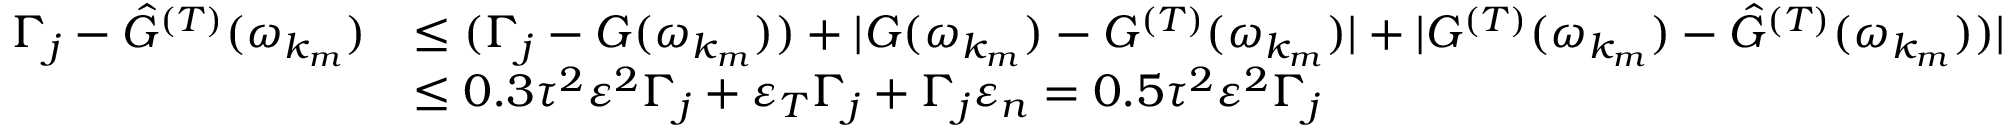
\begin{array} { r l } { \Gamma _ { j } - \hat { G } ^ { ( T ) } ( \omega _ { k _ { m } } ) } & { \leq ( \Gamma _ { j } - { G } ( \omega _ { k _ { m } } ) ) + | { G } ( \omega _ { k _ { m } } ) - { G } ^ { ( T ) } ( \omega _ { k _ { m } } ) | + | { G } ^ { ( T ) } ( \omega _ { k _ { m } } ) - \hat { G } ^ { ( T ) } ( \omega _ { k _ { m } } ) ) | } \\ & { \leq 0 . 3 \tau ^ { 2 } \varepsilon ^ { 2 } \Gamma _ { j } + \varepsilon _ { T } \Gamma _ { j } + \Gamma _ { j } \varepsilon _ { n } = 0 . 5 \tau ^ { 2 } \varepsilon ^ { 2 } \Gamma _ { j } } \end{array}